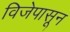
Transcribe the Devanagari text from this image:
विजेपासून